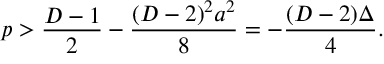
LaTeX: p > { \frac { D - 1 } { 2 } } - { \frac { ( D - 2 ) ^ { 2 } a ^ { 2 } } { 8 } } = - { \frac { ( D - 2 ) \Delta } { 4 } } .